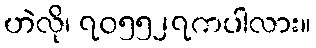
ဟဲလို၊ ၇၀၅၅၂၇ကပါလား။